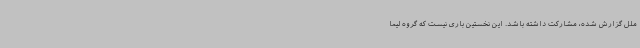
ملل گزارش شده، مشارکت داشته باشد. این نخستین باری نیست که گروه لیما